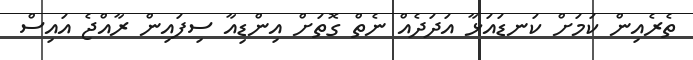
ތެރެއިން ކަމަށް ކަނޑައަޅާ އަދަދެއް ނެތް ގޮތަށް އިންޑިއާ ސިފައިން ރާއްޖެ އައިސް